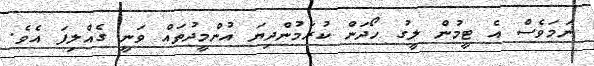
ނަމަވެސް އެ ޓީމުން ލީގު ހޯދަން ކުރަމުންދިޔަ އުންމީދުތައް ވަނީ ގެއްލިފަ އެވެ.